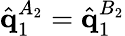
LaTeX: \hat{\mathbf{q}}_{1}^{A_{2}}=\hat{\mathbf{q}}_{1}^{B_{2}}